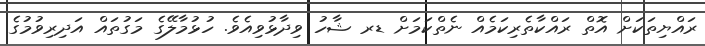
ރައްޔިތަކަށް އޮތް ރައްކާތެރިކަމެއް ނެތްކަމަށް ޑރ ޝާހު ވިދާޅުވިއެވެ. ހުޅުމާލޭގެ މަގުތައް އަދިރިވުމުގެ